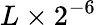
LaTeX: L\times 2^{-6}